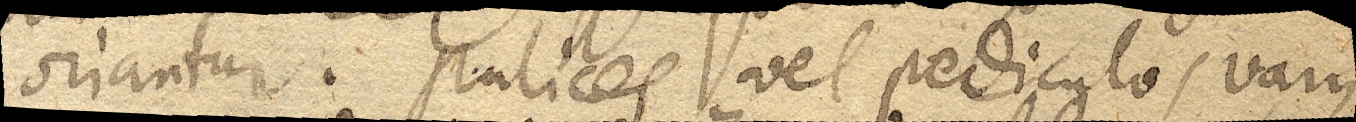
oriantur. Pulices vel pediculos varii